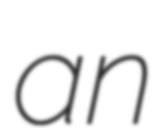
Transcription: an